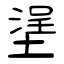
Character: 塣